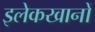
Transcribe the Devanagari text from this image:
इलेकखानों